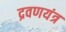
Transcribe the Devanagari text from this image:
द्रवणयंत्र